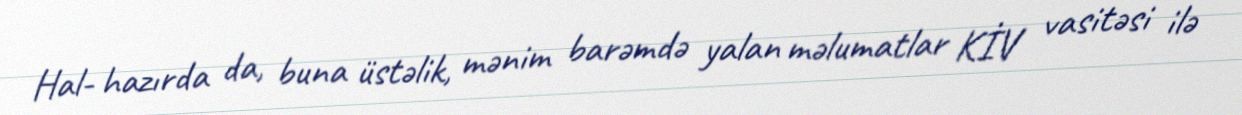
Hal- hazırda da, buna üstəlik, mənim barəmdə yalan məlumatlar KİV vasitəsi ilə